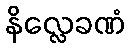
နိလ္လေခဏံ